Insane asylums Bombay 1873-77 - 1873-1877
Year: 1873
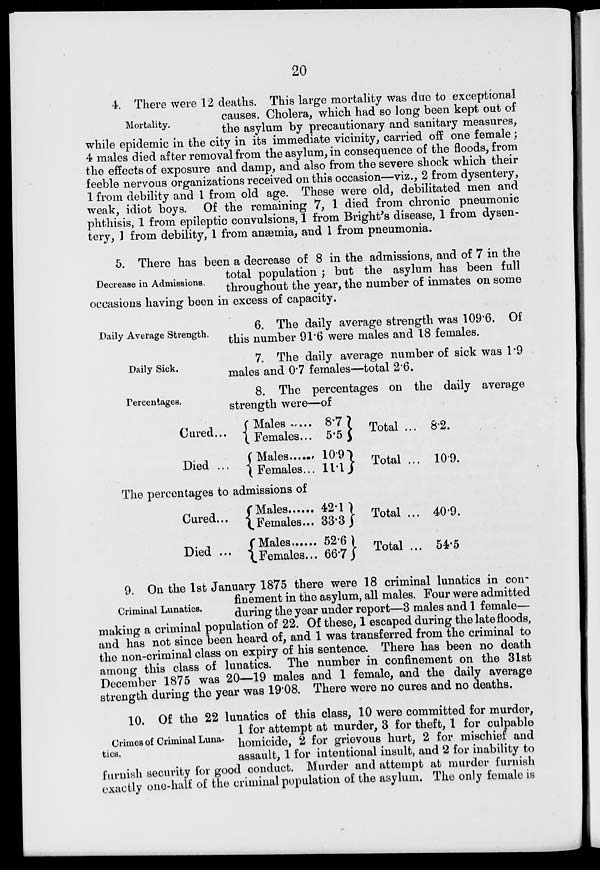
20
Mortality.
4. There were 12 deaths. This large mortality was due to exceptional
causes. Cholera, which had so long been kept out of
the asylum by precautionary and sanitary measures,
while epidemic in the city in its immediate vicinity, carried off one female;
4 males died after removal from the asylum, in consequence of the floods, from
the effects of exposure and damp, and also from the severe shock which their
feeble nervous organizations received on this occasion—viz., 2 from dysentery,
1 from debility and 1 from old age. These were old, debilitated men and
weak, idiot boys. Of the remaining 7, 1 died from chronic pneumonic
phthisis, 1 from epileptic convulsions, 1 from Bright's disease, 1 from dysen-
tery, 1 from debility, 1 from anæmia, and 1 from pneumonia.
Decrease in Admissions.
5. There has been a decrease of 8 in the admissions, and of 7 in the
total population ; but the asylum has been full
throughout the year, the number of inmates on some
occasions having been in excess of capacity.
Daily Average Strength.
6. The daily average strength was 109.6. Of
this number 91.6 were males and 18 females.
Daily Sick.
7. The daily average number of sick was 1.9
males and 0.7 females—total 2.6.
Percentages.
8. The percentages on the daily average
strength were—of
Cured...
Died ...
Males ...
Females ...
Males
Females...
8.7
5.5
10.9
11.1
Total ...
Total ...
8.2.
10.9.
The percentages to admissions of
Cured ...
Died ...
Males ...
Females ...
Males ...
Females ...
42.1
33.3
52.6
66.7
Total ...
Total ...
40.9.
54.5
Criminal Lunatics.
9. On the 1st January 1875 there were 18 criminal lunatics in con-
finement in the asylum, all males. Four were admitted
during the year under report—3 males and 1 female—
making a criminal population of 22. Of these, 1 escaped during the late floods,
and has not since been heard of, and 1 was transferred from the criminal to
the non-criminal class on expiry of his sentence. There has been no death
among this class of lunatics. The number in confinement on the 31st
December 1875 was 20—19 males and 1 female, and the daily average
strength during the year was 19.08. There were no cures and no deaths.
Crimes of Criminal Luna-
tics.
10. Of the 22 lunatics of this class, 10 were committed for murder,
1 for attempt at murder, 3 for theft, 1 for culpable
homicide, 2 for grievous hurt, 2 for mischief and
assault, 1 for intentional insult, and 2 for inability to
furnish security for good conduct. Murder and attempt at murder furnish
exactly one-half of the criminal population of the asylum. The only female is